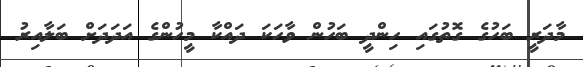
މާދަރީ ބަހުގެ ގޮތުގައި ހިންދީ ބަހުން ވާހަކަ ދައްކާ މީހުންގެ އަދަދަށް ބަލާއިރު